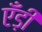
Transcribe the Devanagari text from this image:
एँड़ी